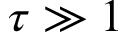
\tau \gg 1